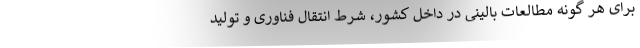
برای هر گونه مطالعات بالینی در داخل کشور، شرط انتقال فناوری و تولید